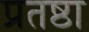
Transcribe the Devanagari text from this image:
प्रतष्ठा